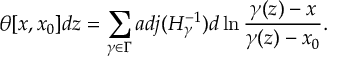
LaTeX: \theta [ x , x _ { 0 } ] d z = \sum _ { \gamma \in \Gamma } a d j ( H _ { \gamma } ^ { - 1 } ) d \ln \frac { \gamma ( z ) - x } { \gamma ( z ) - x _ { 0 } } .